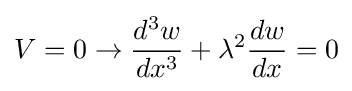
V=0\rightarrow {d^{3}w \over dx^{3}}+\lambda ^{2}{dw \over dx}=0